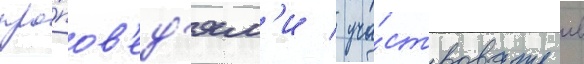
про́пов'ед'ям'и / уча́ствовать в